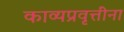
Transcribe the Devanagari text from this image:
काव्यप्रवृत्तींना